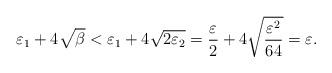
LaTeX: \begin{align*}\varepsilon_1+4\sqrt \beta < \varepsilon_1+4\sqrt{2 \varepsilon_2}=\frac{\varepsilon}2+4\sqrt{\frac {\varepsilon^2}{64}}=\varepsilon.\end{align*}